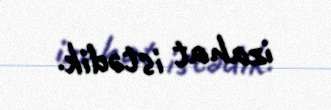
izahat istədik.